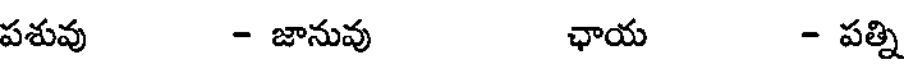
పశువు - జానువు ఛాయ - పత్ని